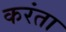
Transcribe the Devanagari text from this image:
करंता